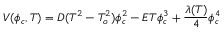
V ( \phi _ { c } , T ) = D ( T ^ { 2 } - T _ { o } ^ { 2 } ) \phi _ { c } ^ { 2 } - E T \phi _ { c } ^ { 3 } + \frac { \lambda ( T ) } { 4 } \phi _ { c } ^ { 4 }